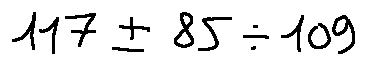
1 1 7 \pm 8 5 \div 1 0 9